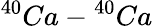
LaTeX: ^{40}Ca-{^{40}Ca}